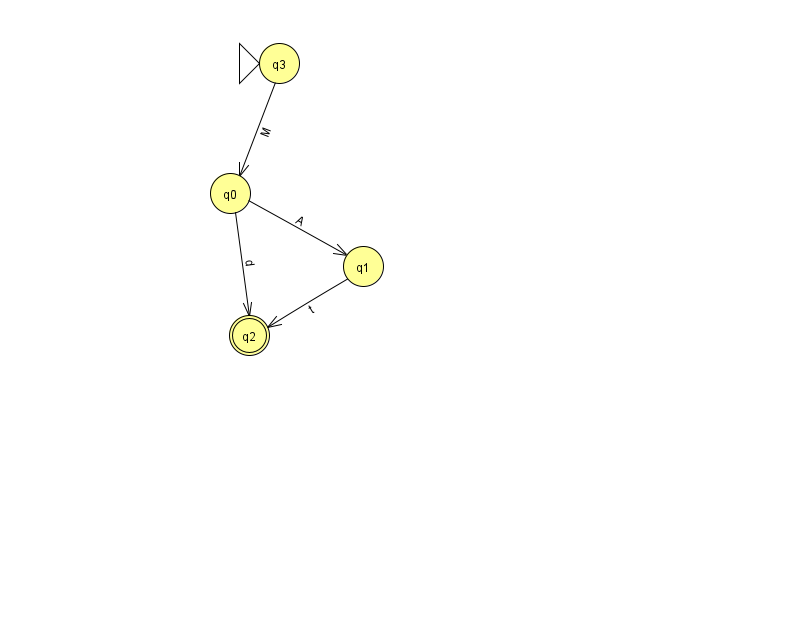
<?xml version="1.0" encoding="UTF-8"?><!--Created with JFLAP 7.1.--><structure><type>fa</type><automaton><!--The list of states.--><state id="0" name="q0"><x>230.0</x><y>180.0</y></state><state id="1" name="q1"><x>363.0</x><y>253.0</y></state><state id="2" name="q2"><x>249.0</x><y>322.0</y><final/></state><state id="3" name="q3"><x>279.0</x><y>50.0</y><initial/></state><!--The list of transitions.--><transition><from>0</from><to>2</to><read>d</read></transition><transition><from>3</from><to>0</to><read>M</read></transition><transition><from>1</from><to>2</to><read>t</read></transition><transition><from>0</from><to>1</to><read>A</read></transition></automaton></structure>